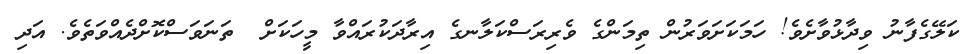
ކަލޭގެފާނު ވިދާޅުވާށެވެ! ހަމަކަށަވަރުން ތިމަންގެ ވެރިރަސްކަލާނގެ އިރާދަކުރައްވާ މީހަކަށް  ތަނަވަސްކޮށްދެއްވަތެވެ. އަދި